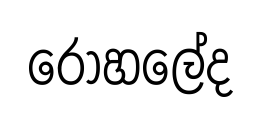
රෝහලේද